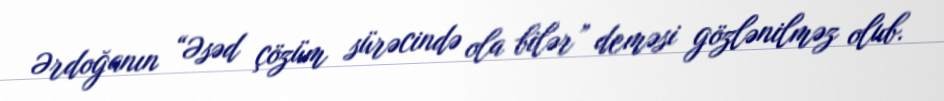
Ərdoğanın “Əsəd çözüm sürəcində ola bilər” deməsi gözlənilməz olub.